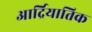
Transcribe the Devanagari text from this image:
आर्द्रियातिक